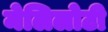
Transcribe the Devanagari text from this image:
मेलिलोटी